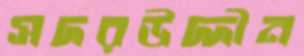
সদরউদ্দীন